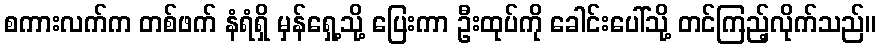
စကားလက်က တစ်ဖက် နံရံရှိ မှန်ရှေ့သို့ ပြေးကာ ဦးထုပ်ကို ခေါင်းပေါ်သို့ တင်ကြည့်လိုက်သည်။